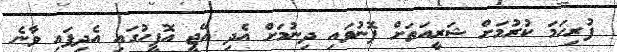
ފުރިހަމަ ކުރުމަށް ޝަރީއަތަށް ފޮނުވައި ދިނުމަށް އެދި އޭޖީ އޮފީހުގައި އެދިފައި ވާނެ